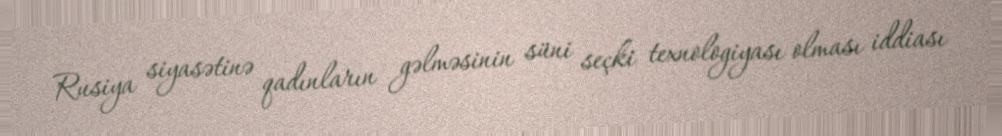
Rusiya siyasətinə qadınların gəlməsinin süni seçki texnologiyası olması iddiası